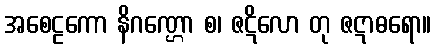
အစေဠကော နိဂဏ္ဌော စ၊ ဇဋိလော တု ဇဋာဓရော။